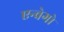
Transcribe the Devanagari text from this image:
एन्वेगो